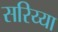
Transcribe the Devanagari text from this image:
सरिय्या